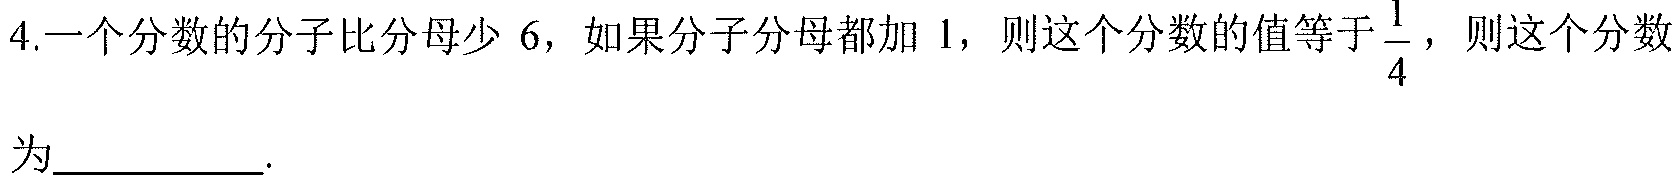
4.一个分数的分子比分母少\(6\)，如果分子分母都加\(1\)，则这个分数的值等于\(\frac{1}{4}\)，则这个分数
为__________.